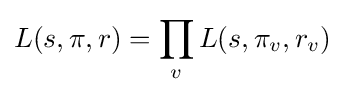
L(s,\pi ,r)=\prod _{v}L(s,\pi _{v},r_{v})